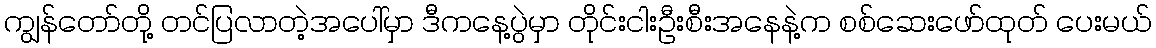
ကျွန်တော်တို့ တင်ပြလာတဲ့အပေါ်မှာ ဒီကနေ့ပွဲမှာ တိုင်းငါးဦးစီးအနေနဲ့က စစ်ဆေးဖော်ထုတ် ပေးမယ်